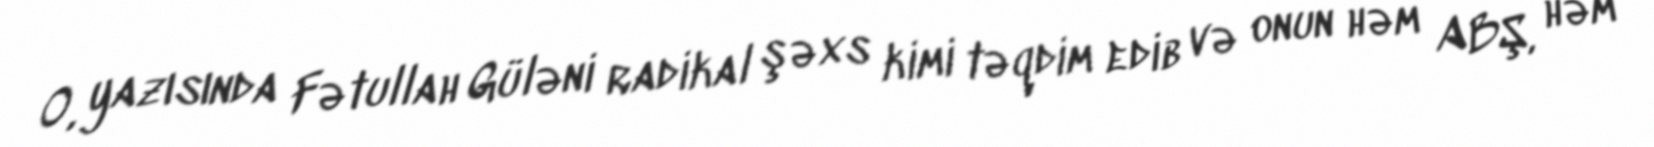
O, yazısında Fətullah Güləni radikal şəxs kimi təqdim edib və onun həm ABŞ, həm